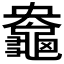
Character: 𪚻